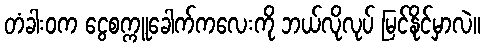
တံခါးဝက ငွေစက္ကူခေါက်ကလေးကို ဘယ်လိုလုပ် မြင်နိုင်မှာလဲ။